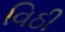
વિઠી